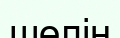
шөлін